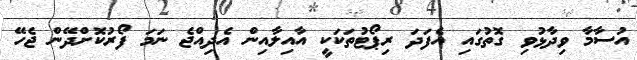
އުސާމާ ވިދާޅުވި ގޮތުގައި އެފަދަ ރިޕޯޓުތަކަކީ އާއިލާއިން އެދިއްޖެ ނަމަ ފޯރުކޮށްދޭން ޖެހޭ